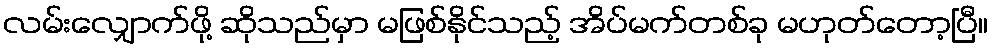
လမ်းလျှောက်ဖို့ ဆိုသည်မှာ မဖြစ်နိုင်သည့် အိပ်မက်တစ်ခု မဟုတ်တော့ပြီ။